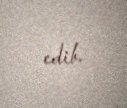
edib.